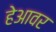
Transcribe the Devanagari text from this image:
हेआवर